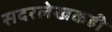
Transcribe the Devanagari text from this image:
सदरलेखकही